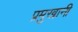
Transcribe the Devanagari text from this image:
प्रमुखानी